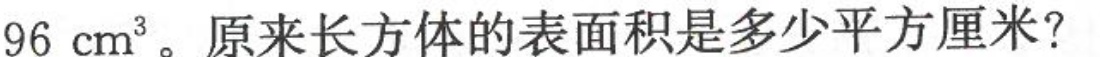
96cm^{3}。原来长方体的表面积是多少平方厘米?